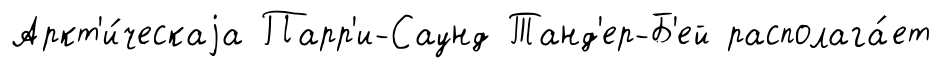
Аркт'и́ческаjа Парр'и-Саунд Танд'ер-Б'ей располага́ет